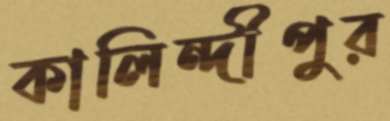
কালিন্দীপুর